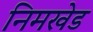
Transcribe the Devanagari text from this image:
निमखेड